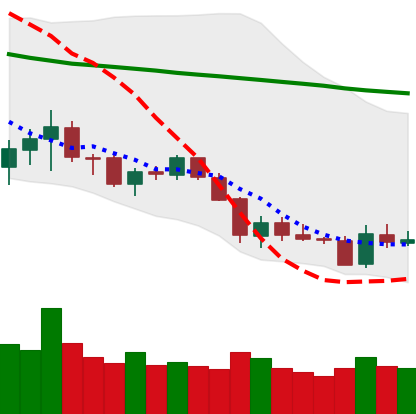
Ticker: LTC-USD
Chart end date: 2018-05-31
Forward return: 3.072%
Label: up_3_5